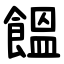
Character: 饂